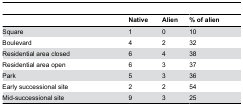
<table><thead><tr><td></td><td><b>Native</b></td><td><b>Alien</b></td><td><b>% of alien</b></td></tr></thead><tbody><tr><td>Square</td><td>1</td><td>0</td><td>10</td></tr><tr><td>Boulevard</td><td>4</td><td>2</td><td>32</td></tr><tr><td>Residential area closed</td><td>6</td><td>4</td><td>38</td></tr><tr><td>Residential area open</td><td>6</td><td>3</td><td>37</td></tr><tr><td>Park</td><td>5</td><td>3</td><td>36</td></tr><tr><td>Early successional site</td><td>2</td><td>2</td><td>54</td></tr><tr><td>Mid-successional site</td><td>9</td><td>3</td><td>25</td></tr></tbody></table>